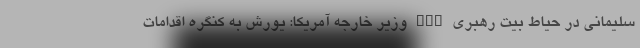
سلیمانی در حیاط بیت رهبری nan وزیر خارجه آمریکا: یورش به کنگره اقدامات